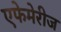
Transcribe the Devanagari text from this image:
एफेमेरीज